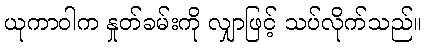
ယုကာဝါက နှုတ်ခမ်းကို လျှာဖြင့် သပ်လိုက်သည်။